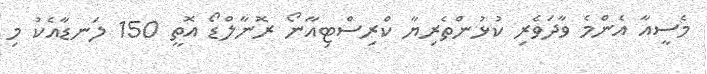
މެސީއާ އެންމެ ވާދަވެރި ކުޅުންތެރިޔާ ކްރިސްޓިއާނޯ ރޮނާލްޑޯ އޮތީ 150 ލަނޑާއެކު މި